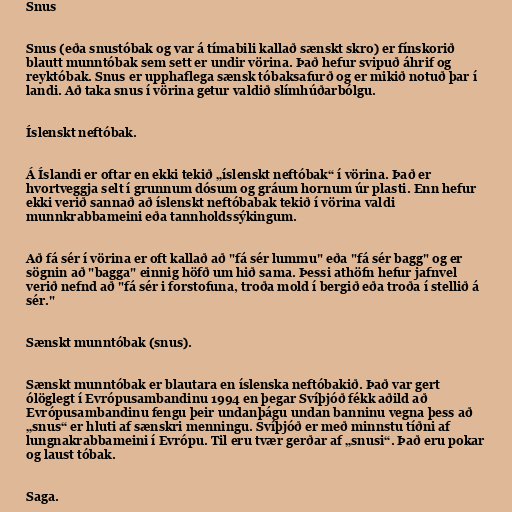
Snus

Snus (eða snustóbak og var á tímabili kallað sænskt skro) er fínskorið
blautt munntóbak sem sett er undir vörina. Það hefur svipuð áhrif og
reyktóbak. Snus er upphaflega sænsk tóbaksafurð og er mikið notuð þar í
landi. Að taka snus í vörina getur valdið slímhúðarbólgu.

Íslenskt neftóbak.

Á Íslandi er oftar en ekki tekið „íslenskt neftóbak“ í vörina. Það er
hvortveggja selt í grunnum dósum og gráum hornum úr plasti. Enn hefur
ekki verið sannað að íslenskt neftóbabak tekið í vörina valdi
munnkrabbameini eða tannholdssýkingum.

Að fá sér í vörina er oft kallað að "fá sér lummu" eða "fá sér bagg" og er
sögnin að "bagga" einnig höfð um hið sama. Þessi athöfn hefur jafnvel
verið nefnd að "fá sér i forstofuna, troða mold í bergið eða troða í stellið á
sér."

Sænskt munntóbak (snus).

Sænskt munntóbak er blautara en íslenska neftóbakið. Það var gert
ólöglegt í Evrópusambandinu 1994 en þegar Svíþjóð fékk aðild að
Evrópusambandinu fengu þeir undanþágu undan banninu vegna þess að
„snus“ er hluti af sænskri menningu. Svíþjóð er með minnstu tíðni af
lungnakrabbameini í Evrópu. Til eru tvær gerðar af „snusi“. Það eru pokar
og laust tóbak.

Saga.